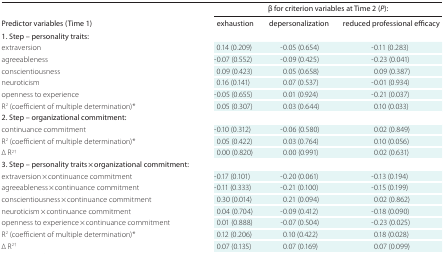
<table><thead><tr><td rowspan="2"><b>Predictor variables (Time 1)</b></td><td colspan="3"><b>β for criterion variables at Time 2 (<i>P</i>):</b></td></tr><tr><td><b>exhaustion</b></td><td><b>depersonalization</b></td><td><b>reduced professional efficacy</b></td></tr></thead><tbody><tr><td>1. Step – personality traits:</td><td></td><td></td><td></td></tr><tr><td>extraversion</td><td>0.14 (0.209)</td><td>-0.05 (0.654)</td><td>-0.11 (0.283)</td></tr><tr><td>agreeableness</td><td>-0.07 (0.552)</td><td>-0.09 (0.425)</td><td>-0.23 (0.041)</td></tr><tr><td>conscientiousness</td><td>0.09 (0.423)</td><td>0.05 (0.658)</td><td>0.09 (0.387)</td></tr><tr><td>neuroticism</td><td>0.16 (0.141)</td><td>0.07 (0.537)</td><td>-0.01 (0.934)</td></tr><tr><td>openness to experience</td><td>-0.05 (0.655)</td><td>0.01 (0.924)</td><td>-0.21 (0.037)</td></tr><tr><td>R<sup>2</sup> (coefficient of multiple determination)*</td><td>0.05 (0.307)</td><td>0.03 (0.644)</td><td>0.10 (0.033)</td></tr><tr><td>2. Step – organizational commitment:</td><td></td><td></td><td></td></tr><tr><td>continuance commitment</td><td>-0.10 (0.312)</td><td>-0.06 (0.580)</td><td>0.02 (0.849)</td></tr><tr><td>R<sup>2</sup> (coefficient of multiple determination)*</td><td>0.05 (0.422)</td><td>0.03 (0.764)</td><td>0.10 (0.056)</td></tr><tr><td>Δ R<sup>2†</sup></td><td>0.00 (0.820)</td><td>0.00 (0.991)</td><td>0.02 (0.631)</td></tr><tr><td>3. Step – personality traits × organizational commitment:</td><td></td><td></td><td></td></tr><tr><td>extraversion × continuance commitment</td><td>-0.17 (0.101)</td><td>-0.20 (0.061)</td><td>-0.13 (0.194)</td></tr><tr><td>agreeableness × continuance commitment</td><td>-0.11 (0.333)</td><td>-0.21 (0.100)</td><td>-0.15 (0.199)</td></tr><tr><td>conscientiousness × continuance commitment</td><td>0.30 (0.014)</td><td>0.21 (0.094)</td><td>0.02 (0.862)</td></tr><tr><td>neuroticism × continuance commitment</td><td>0.04 (0.704)</td><td>-0.09 (0.412)</td><td>-0.18 (0.090)</td></tr><tr><td>openness to experience × continuance commitment</td><td>0.01 (0.888)</td><td>-0.07 (0.504)</td><td>-0.23 (0.025)</td></tr><tr><td>R<sup>2</sup> (coefficient of multiple determination)*</td><td>0.12 (0.206)</td><td>0.10 (0.422)</td><td>0.18 (0.028)</td></tr><tr><td>Δ R<sup>2†</sup></td><td>0.07 (0.135)</td><td>0.07 (0.169)</td><td>0.07 (0.099)</td></tr></tbody></table>